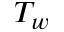
T _ { w }